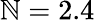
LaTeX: \mathbb{N}=2.4